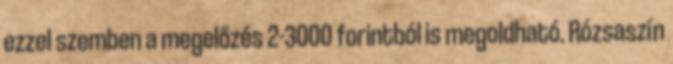
ezzel szemben a megelőzés 2-3000 forintból is megoldható. Rózsaszín